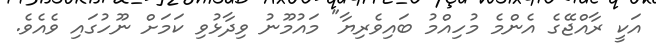
އަކީ ރާއްޖޭގެ އެންމެ މުހިއްމު ބައިވެރިޔާ" މައުމޫނު ވިދާޅުވި ކަމަށް ނޫހުގައި ވެއެވެ.